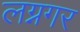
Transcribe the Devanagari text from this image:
लग्नगर